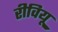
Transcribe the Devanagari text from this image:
रीवियू